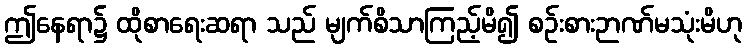
ဤနေရာ၌ ထိုစာရေးဆရာ သည် မျက်စိသာကြည့်မိ၍ စဉ်းစားဉာဏ်မသုံးမိဟု